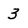
Character: 3